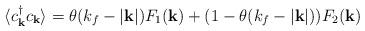
LaTeX: \begin{align*}\langle c^{\dagger}_{ {\bf{k}} }c_{ {\bf{k}} } \rangle = \theta(k_{f} - |{\bf{k}}|)F_{1}({\bf{k}}) + (1 - \theta(k_{f} - |{\bf{k}}|))F_{2}({\bf{k}})\end{align*}